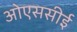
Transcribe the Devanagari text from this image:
ओएससीई